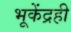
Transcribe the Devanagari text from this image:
भूकेंद्रही